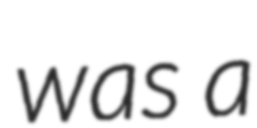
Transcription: was a